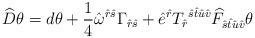
LaTeX: \begin{align*}\widehat{D} \theta= d \theta + \frac{1}{4} \hat{\omega}^{\hat{r}\hat{s}} \Gamma_{\hat{r}\hat{s}} + \hat{e}^{\hat{r}} T_{\hat{r}}{}^{\hat{s}\hat{t}\hat{u}\hat{v}} \widehat{F}_{\hat{s}\hat{t}\hat{u}\hat{v}} \theta\end{align*}